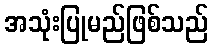
အသုံးပြုမည်ဖြစ်သည်